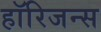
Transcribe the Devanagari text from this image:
हॉरिजन्स